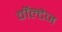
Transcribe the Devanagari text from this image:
वॉल्टेज